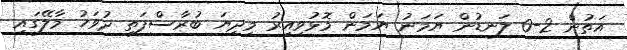
އަތުން 2-0 ލަނޑުން ޔަމަނު ޔަމަން މޮޅުވިއިރު މިދިޔަ ބުރާސްފަތި ދުވަހު މާލޭގައި